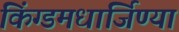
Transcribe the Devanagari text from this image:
किंग्डमधार्जिण्या